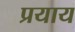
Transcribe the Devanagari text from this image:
प्रयाय